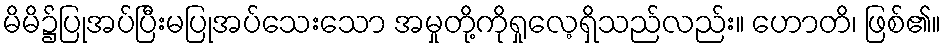
မိမိ၌ပြုအပ်ပြီးမပြုအပ်သေးသော အမှုတို့ကိုရှုလေ့ရှိသည်လည်း။ ဟောတိ၊ ဖြစ်၏။